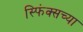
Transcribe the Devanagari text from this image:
स्फिंक्सच्या